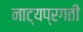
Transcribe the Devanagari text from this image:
नाट्यप्रगती